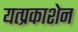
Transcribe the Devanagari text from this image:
यत्प्रकाशेन